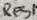
Text: Res1